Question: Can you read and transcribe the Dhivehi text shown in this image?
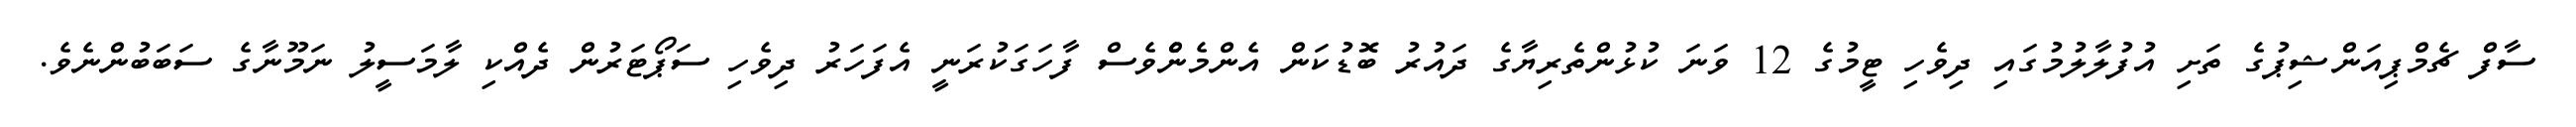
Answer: ސާފް ޗެމްޕިއަންޝިޕުގެ ތަށި އުފުލާލުމުގައި ދިވެހި ޓީމުގެ 12 ވަނަ ކުޅުންތެރިޔާގެ ދައުރު ބޮޑުކަން އެންމެންެވެސް ފާހަގަކުރަނީ އެފަހަރު ދިވެހި ސަޕޯޓަރުން ދެއްކި ލާމަސީލު ނަމޫނާގެ ސަބަބުންނެވެ.